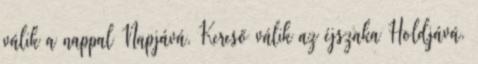
válik a nappal Napjává. Kereső válik az éjszaka Holdjává.